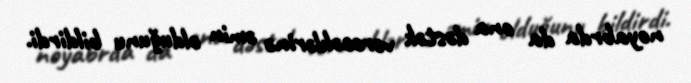
noyabrda da ona dəstək verəcəklərinə əmin olduğunu bildirdi.